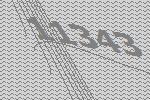
11343